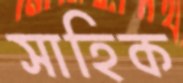
সাহিক